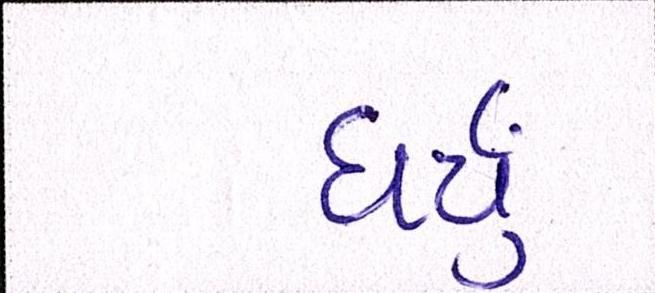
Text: ધર્યું